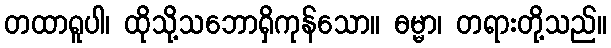
တထာရူပါ၊ ထိုသို့သဘောရှိကုန်သော။ ဓမ္မာ၊ တရားတို့သည်။